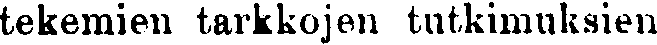
tekemien tarkkojen tutkimuksien